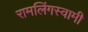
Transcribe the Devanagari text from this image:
रामलिंगस्वामी